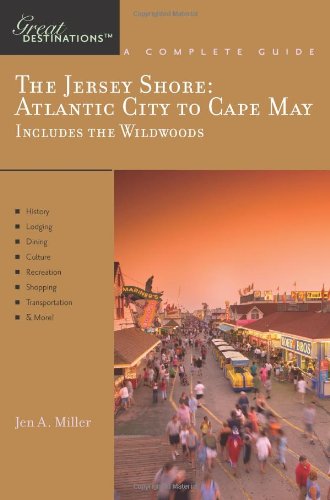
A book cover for Explorer's Guide The Jersey Shore: Atlantic City to Cape May, Includes the Wildwoods: A Great Destination (Explorer's Great Destinations); Jen A. Miller; Travel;